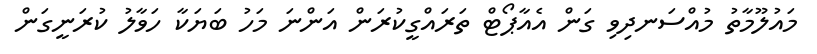
މައުލޫމާތު މުއްސަނދިވި ގަން އެއާޕޯޓް ތަރައްގީކުރަން އަންނަ މަހު ބަޔަކާ ހަވާލު ކުރަނީގަން